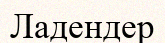
Ладендер